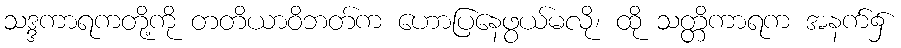
သဒ္ဒကာရကတို့ကို တတိယာဝိဘတ်က ဟောပြနေဖွယ်မလို၊ ထို သတ္တိကာရက အနက်၌